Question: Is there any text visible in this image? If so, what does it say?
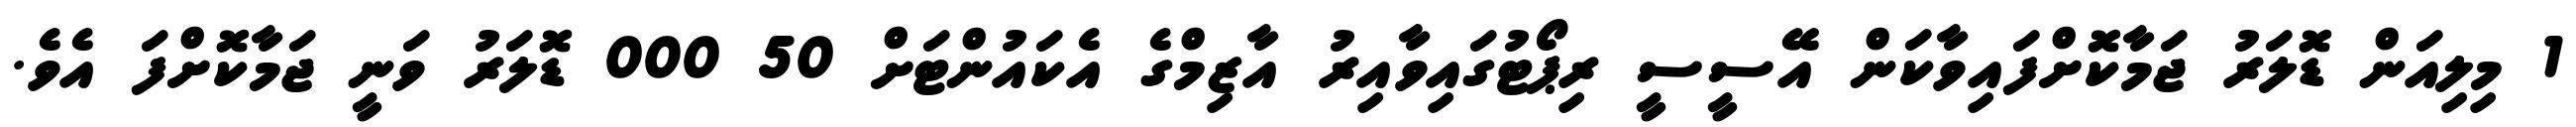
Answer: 1 މިލިއަން ޑޮލަރު ޖަމާކޮށްފައިވާކަން އޭސީސީ ރިޕޯޓުގައިވާއިރު އާޒިމްގެ އެކައުންޓަށް 50 000 ޑޮލަރު ވަނީ ޖަމާކޮށްފަ އެވެ.